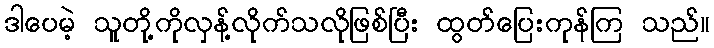
ဒါပေမဲ့ သူတို့ကိုလှန့်လိုက်သလိုဖြစ်ပြီး ထွတ်ပြေးကုန်ကြ သည်။